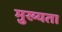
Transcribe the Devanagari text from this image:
मु़ख्यता